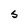
Character: S